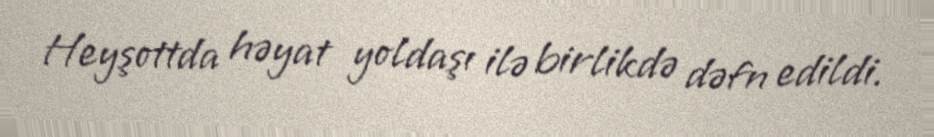
Heyşottda həyat yoldaşı ilə birlikdə dəfn edildi.